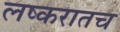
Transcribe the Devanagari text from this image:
लष्करातच